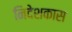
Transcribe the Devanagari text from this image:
निदेशकास